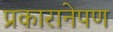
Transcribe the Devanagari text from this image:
प्रकारानेपण